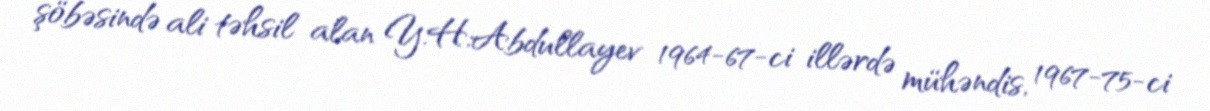
şöbəsində ali təhsil alan Y.H.Abdullayev 1964-67-ci illərdə mühəndis, 1967-75-ci